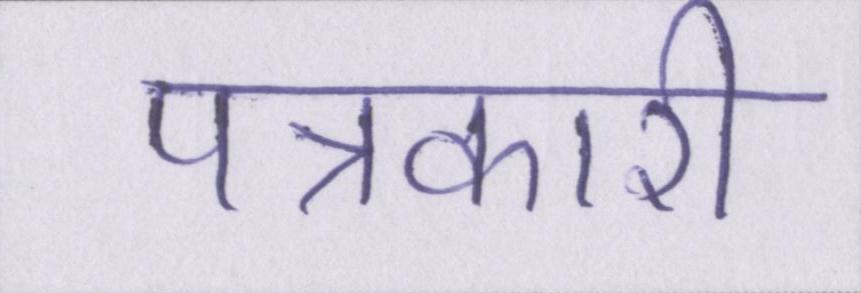
पत्रकारी